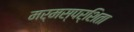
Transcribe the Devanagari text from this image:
मर्मस्पर्शिता